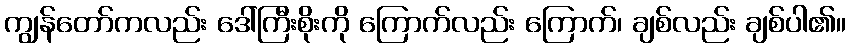
ကျွန်တော်ကလည်း ဒေါ်ကြီးစိုးကို ကြောက်လည်း ကြောက်၊ ချစ်လည်း ချစ်ပါ၏။